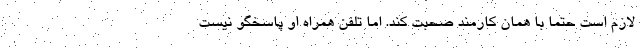
لازم است حتما با همان کارمند صحبت کند. اما تلفن همراه او پاسخگو نیست